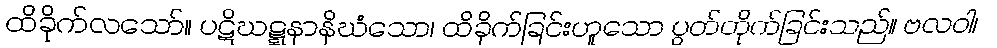
ထိခိုက်လသော်။ ပဋိဃဋ္ဋနာနိဃံသော၊ ထိခိုက်ခြင်းဟူသော ပွတ်တိုက်ခြင်းသည်။ ဗလဝါ၊